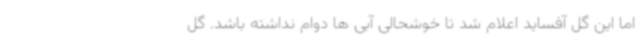
اما این گل آفساید اعلام شد تا خوشحالی آبی ها دوام نداشته باشد. گل